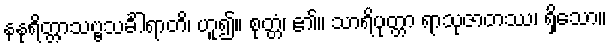
နနုရိတ္တာသဗ္ဗသင်္ခါရာတိ၊ ဟူ၍။ စုတ္တံ၊ ၏။ သာရိပုတ္တာ ရာသုဇာတဿ၊ ရှိသော။